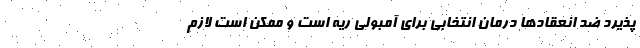
پذیرد ضد انعقادها درمان انتخابی برای آمبولی ریه است و ممکن است لازم